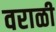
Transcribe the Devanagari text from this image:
वराळी